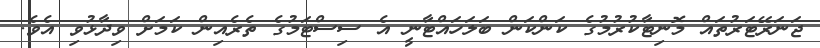
ޖަނަރޭޓަރުތައް މޮނިޓާކުރުމުގެ ކަންކަން ބަލަހައްޓާނީ އެ ސިސްޓަމުގެ ތެރެއިން ކަމަށް ވިދާޅުވި އެވެ.